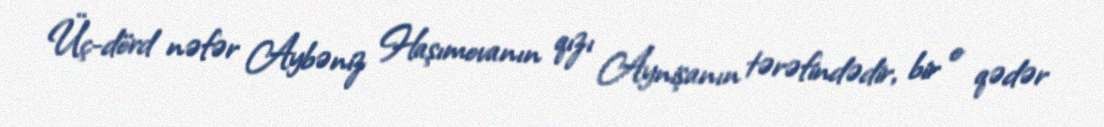
Üç-dörd nəfər Aybəniz Haşımovanın qızı Aynişanın tərəfindədir, bir o qədər